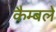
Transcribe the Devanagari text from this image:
कैम्बले